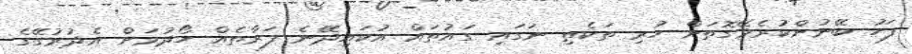
ފަހު ބޭނުންކުރެވޭގޮތަށް ހުރި ތަކެތި ނަގައި ގައުތައް އުކައިދޭނެ ފަރާތެއް ހޯދުމަށް އެދުރުގޭގެ